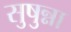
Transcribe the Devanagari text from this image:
सुषुन्ना